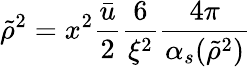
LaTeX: \tilde{\rho}^{2}=x^{2}\frac{\bar{u}}{2}\frac{6}{\xi^{2}}\frac{4\pi}{\alpha_{s}(\tilde{\rho}^{2})}